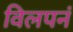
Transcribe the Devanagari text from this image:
विलपनं